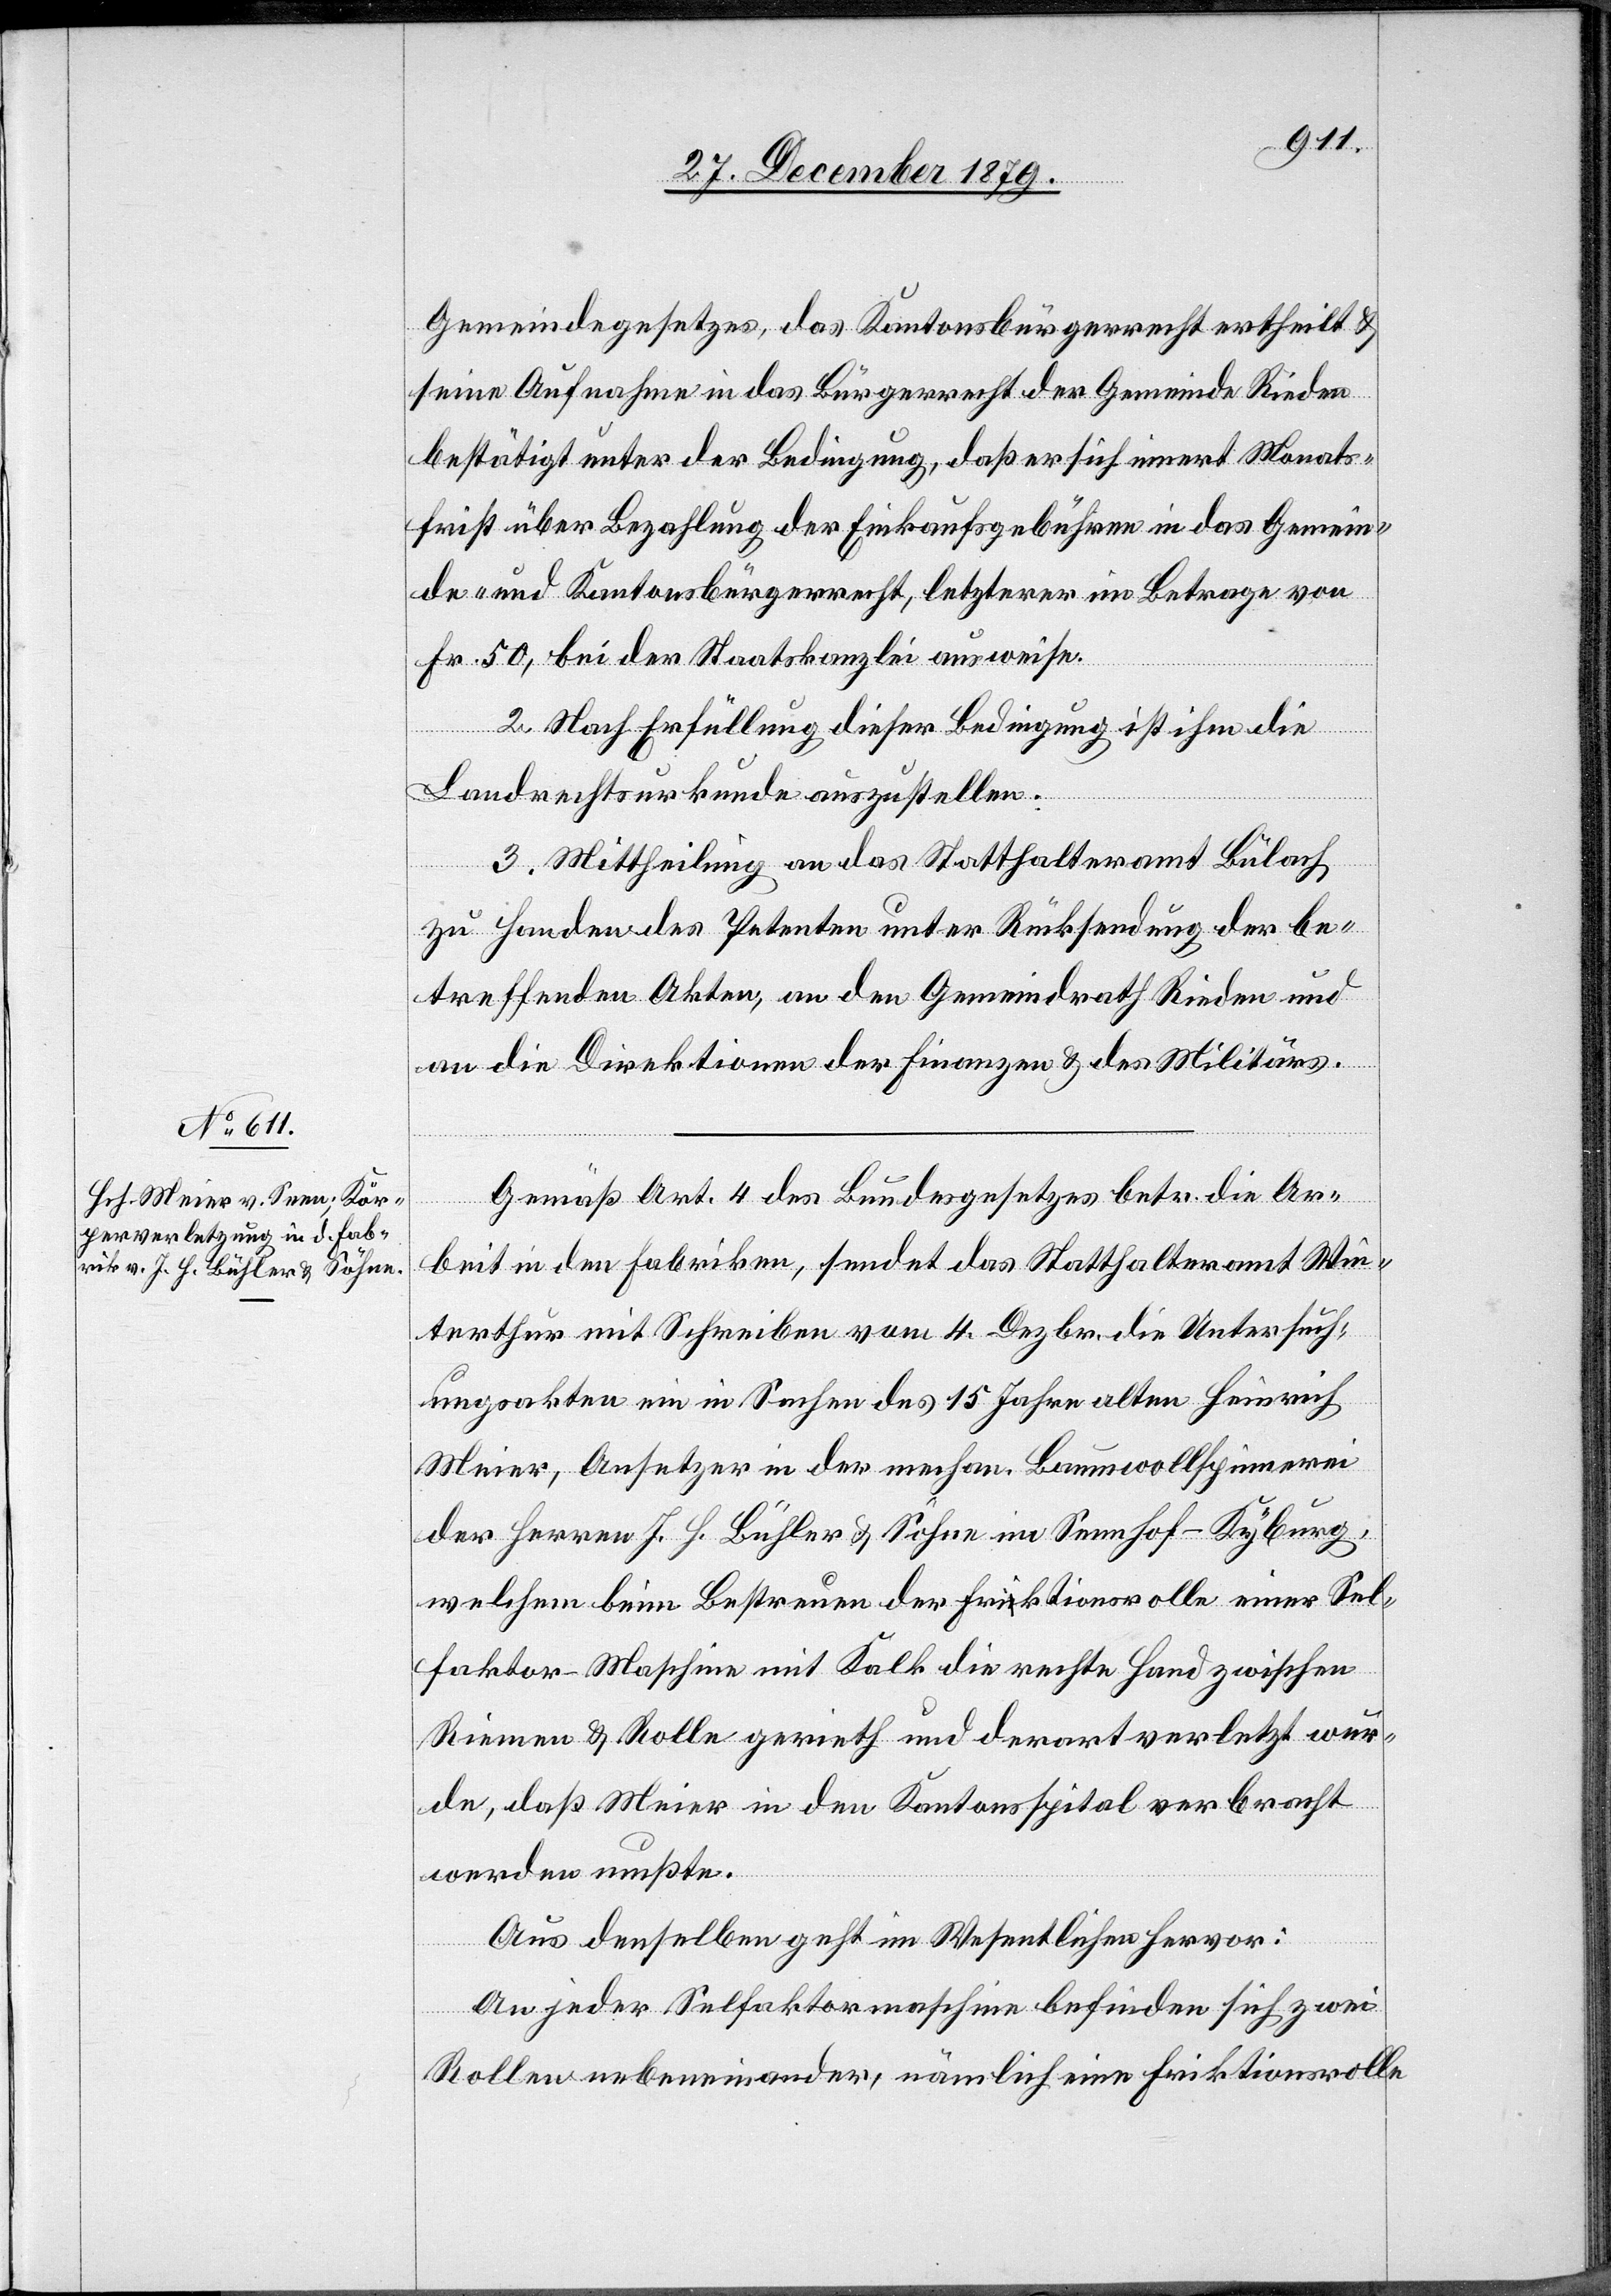
Gemeindegesetzes, das Kantonsbürgerrecht ertheilt &
seine Aufnahme in das Bürgerrecht der Gemeinde Rieden
bestätigt unter der Bedingung, daß er sich innert Monats¬
frist über Bezahlung der Einkaufsgebühren in das Gemein¬
de- und Kantonsbürgerrecht, letzterer im Betrage von
Fr. 50, bei den Staatskanzleien ausweise.
2. Nach Erfüllung dieser Bedingung ist ihm die
Landrechtsurkunde auszustellen.
3. Mittheilung an das Statthalteramt Bülach
zu Handen des Petenten unter Rücksendung der be¬
treffenden Akten, an den Gemeindrath Rieden und
an die Direktionen der Finanzen & des Militärs.
Gemäß Art. 4 des Bundesgesetzes betr. die Ar¬
beit in den Fabriken, sendet das Statthalteramt Win¬
terthur mit Schreiben vom 4. Dezbr. die Untersuch¬
ungsakten ein in Sachen des 15 Jahre alten Heinrich
Meier, Ansetzer in der mechan. Baumwollspinnerei
der Herren J. J. Bühler & Söhne im Sennhof - Kyburg,
welchem beim Bestreuen der Friktionsrolle einer Sel¬
faktor-Maschine mit Kalk die rechte Hand zwischen
Riemen & Rolle gerieht und derart verletzt wur¬
de, daß Meier in den Kantonsspital verbracht
werden mußte.
Aus denselben geht im Wesentlichen hervor:
An jeder Selfaktormaschine befinden sich zwei
Rollen nebeneinander, nämlich eine Friktionsrolle